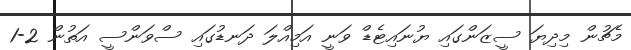
މެޗުން މިދިޔަ ސީޒަންގައި ޔުނައިޓެޑް ވަނީ އަމިއްލަ ދަނޑުގައި ސްވަންސީ އަތުން 2-1